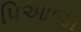
પિઆજા